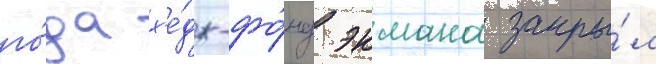
го́да х'е́дж-фо́нд экмана закры́л